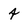
Character: 4